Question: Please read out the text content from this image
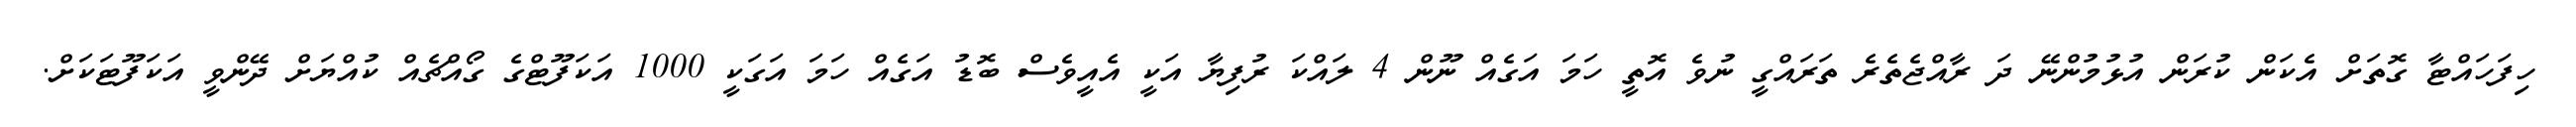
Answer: ހިފަހައްޓާ ގޮތަށް އެކަން ކުރަން އުޅުމުންނޭ ދަ ރާއްޖެތެރެ ތަރައްގީ ނުވެ އޮތީ ހަމަ އަގެއް ނޫން 4 ލައްކަ ރުފިޔާ އަކީ އެއީވެސް ބޮޑު އަގެއް ހަމަ އަގަކީ 1000 އަކަފޫޓްގެ ގޯއްޗެއް ކުއްޔަށް ދޭންވީ އަކަފޫޓަކަށް.